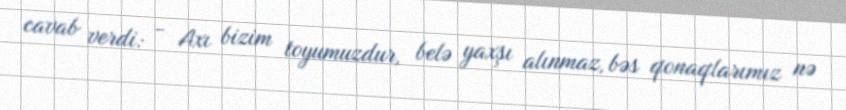
cavab verdi: - Axı bizim toyumuzdur, belə yaxşı alınmaz, bəs qonaqlarımız nə